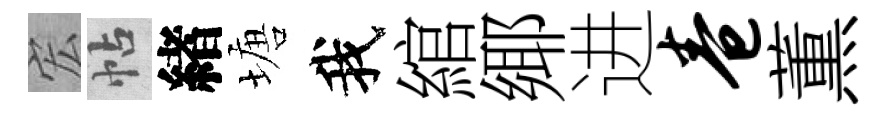
宏帖緖塘我綰鄊进卷薫